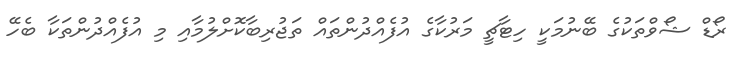
ރޯޑް ޝޯވްތަކުގެ ބޭނުމަކީ ހިޓާޗީ މަރުކާގެ އުފެއްދުންތައް ތަޖުރިބާކޮށްލުމާއި މި އުފެއްދުންތަކާ ބެހޭ